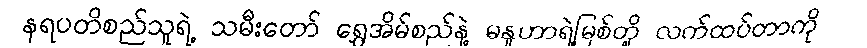
နရပတိစည်သူရဲ့ သမီးတော် ရွှေအိမ်စည်နဲ့ မနူဟာရဲ့မြစ်တို့ လက်ထပ်တာကို